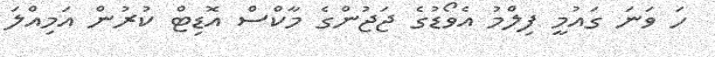
ހަ ވަނަ ގައުމީ ފިލްމު އެވޯޑުގެ ޖަޖުންގެ މާކްސް އޮޑިޓް ކުރުން އަމިއްލަ